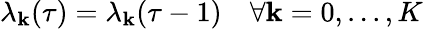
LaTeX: \lambda_{\mathbf{k}}(\tau)=\lambda_{\mathbf{k}}(\tau-1)\quad\forall\mathbf{k}=0,...,K